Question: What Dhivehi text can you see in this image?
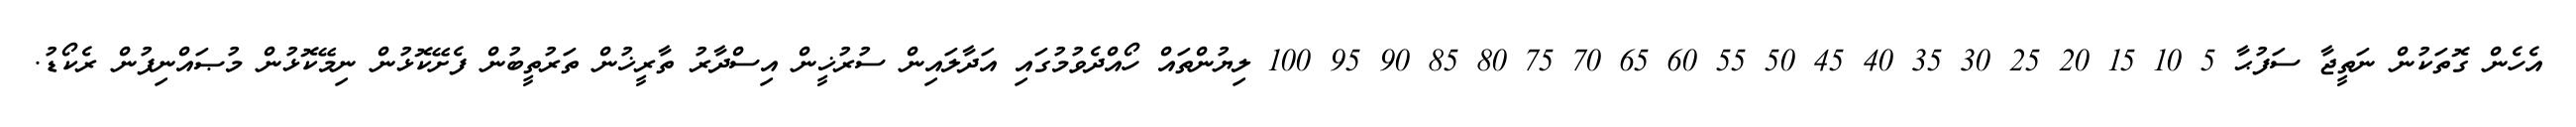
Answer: އެހެން ގޮތަކުން ނަތީޖާ ސަފުޙާ 5 10 15 20 25 30 35 40 45 50 55 60 65 70 75 80 85 90 95 100 ލިޔުންތައް ހޯއްދެވުމުގައި އަދާލައިން ސުރުޚީން އިސްދާރު ތާރީޚުން ތަރުތީބުން ފެށޭކޮޅުން ނިމޭކޮޅުން މުޞައްނިފުން ރެކޯޑު.